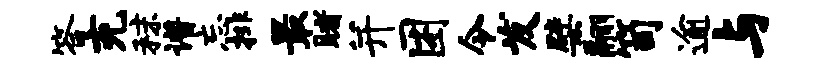
答充秣谱忘排最睹并困令发檗翮笥逾与